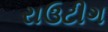
રાઉટીગ